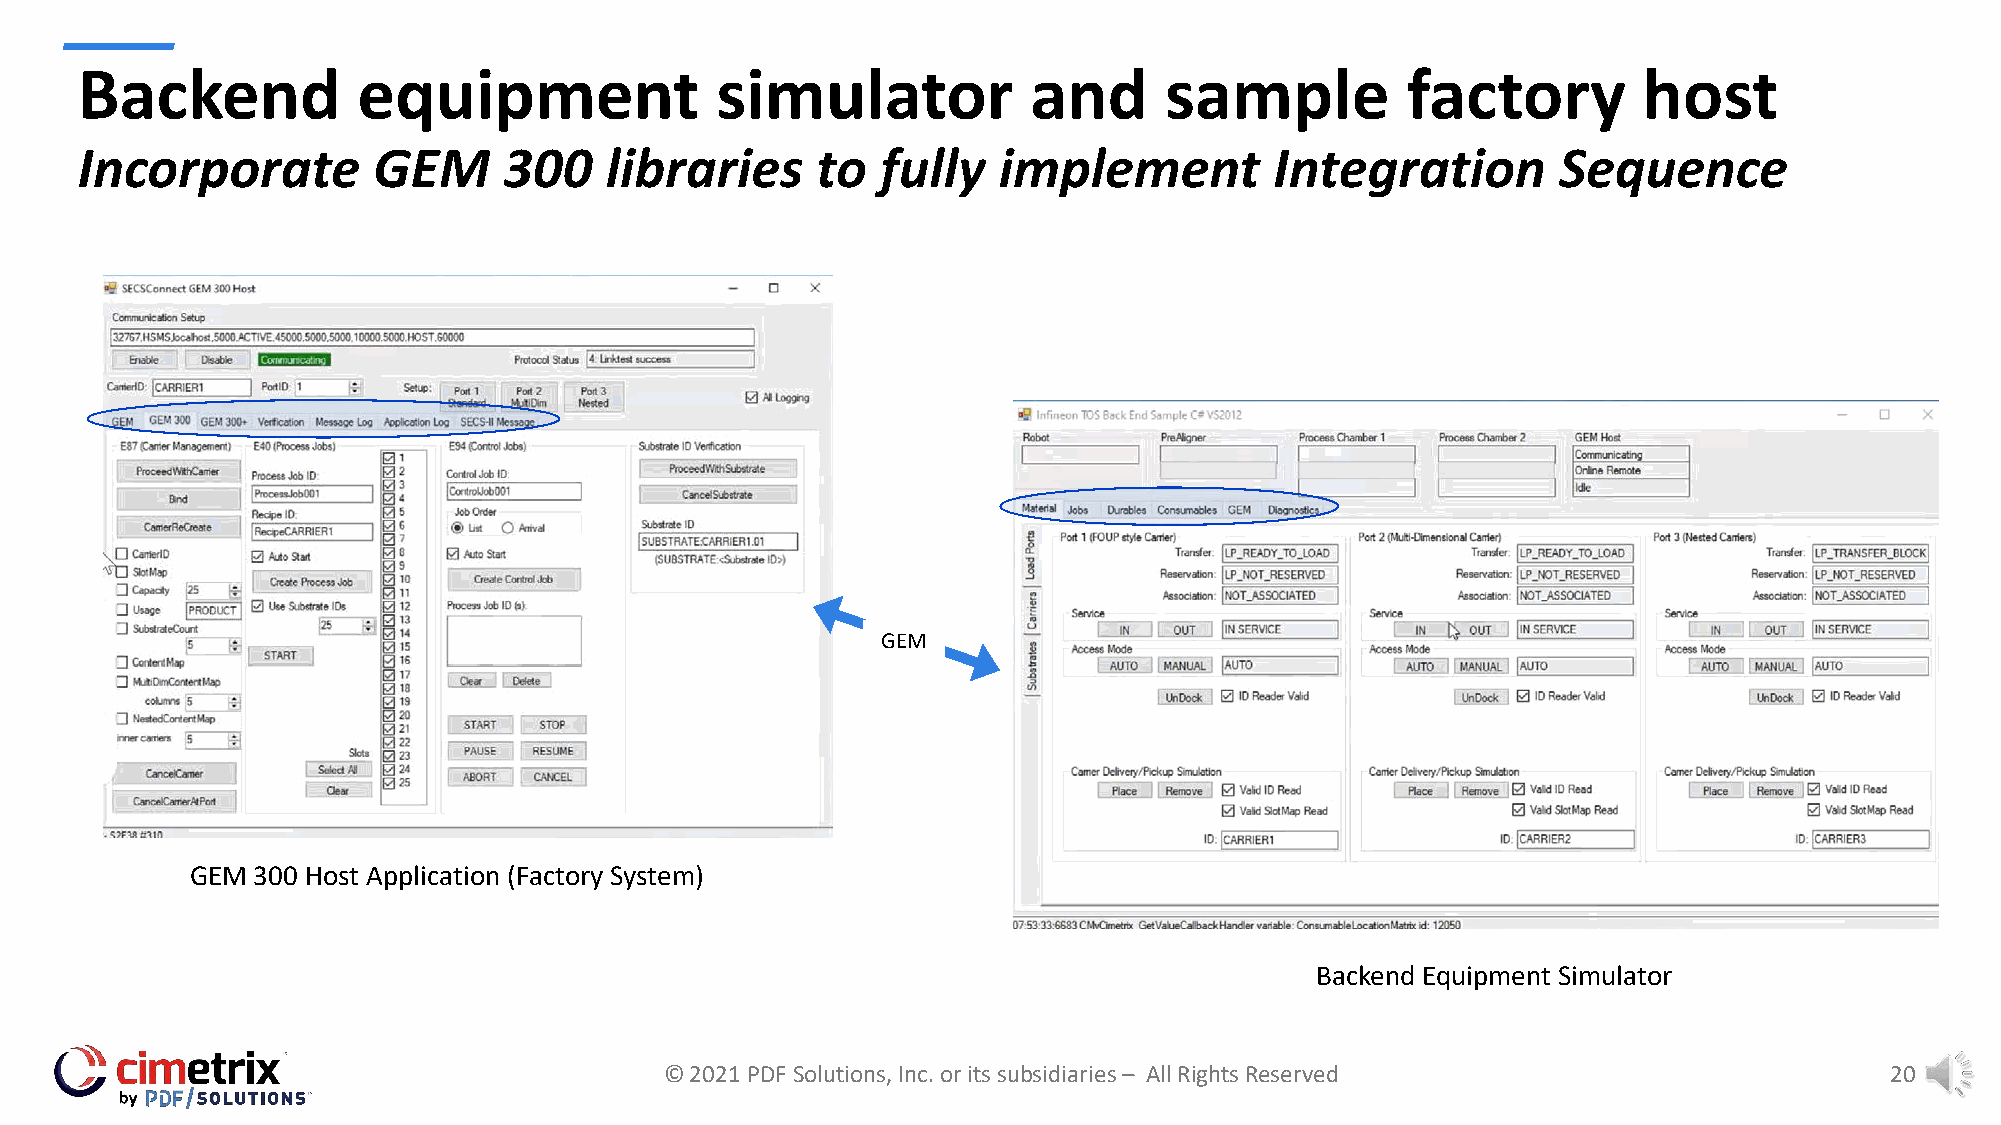
Backend            equipment              simulator            and      sample          factory         host
 Incorporate         GEM     300    libraries     to  fully   implement         Integration        Sequence
 GEM
 GEM 300 Host Application (Factory System)
 Backend Equipment Simulator
 © 2021 PDF Solutions, Inc. or its subsidiaries – All Rights Reserved             20